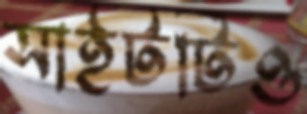
সাইটটিও